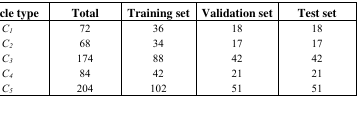
| Vehicle type | Total | Training set | Validation set | Test set |
 | --- | --- | --- | --- | --- |
 | C1 | 72 | 36 | 18 | 18 |
 | C2 | 68 | 34 | 17 | 17 |
 | C3 | 174 | 88 | 42 | 42 |
 | C4 | 84 | 42 | 21 | 21 |
 | C5 | 204 | 102 | 51 | 51 |